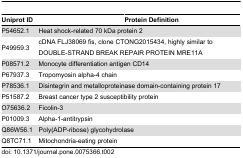
| <COLSPAN=2> Uniprot ID | Protein Definition |
 | --- | --- | --- |
 | P54652.1 | <COLSPAN=2> Heat shock-related 70 kDa protein 2 |
 | P49959.3 | <COLSPAN=2> cDNA FLJ38069 fis, clone CTONG2015434, highly similar to DOUBLE-STRAND BREAK REPAIR PROTEIN MRE11A |
 | P08571.2 | <COLSPAN=2> Monocyte differentiation antigen CD14 |
 | P67937.3 | <COLSPAN=2> Tropomyosin alpha-4 chain |
 | P78536.1 | <COLSPAN=2> Disintegrin and metalloproteinase domain-containing protein 17 |
 | P51587.2 | <COLSPAN=2> Breast cancer type 2 susceptibility protein |
 | O75636.2 | <COLSPAN=2> Ficolin-3 |
 | P01009.3 | <COLSPAN=2> Alpha-1-antitrypsin |
 | Q86W56.1 | <COLSPAN=2> Poly(ADP-ribose) glycohydrolase |
 | Q8TC71.1 | <COLSPAN=2> Mitochondria-eating protein |